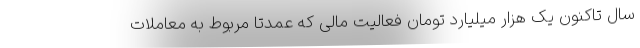
سال تاکنون یک هزار میلیارد تومان فعالیت مالی که عمدتا مربوط به معاملات